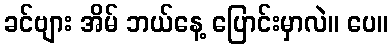
ခင်ဗျား အိမ် ဘယ်နေ့ ပြောင်းမှာလဲ။ ပေ။